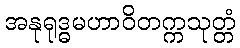
အနုရုဒ္ဓမဟာဝိတက္ကသုတ္တံ